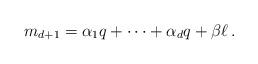
LaTeX: \begin{align*}m_{d+1}=\alpha_1q+\dots+\alpha_dq+\beta \ell \, .\end{align*}